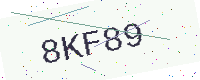
Text: 8KF89